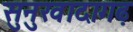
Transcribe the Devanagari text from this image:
सुनुखादागढ़